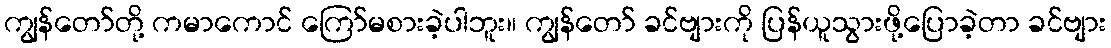
ကျွန်တော်တို့ ကမာကောင် ကြော်မစားခဲ့ပါဘူး။ ကျွန်တော် ခင်ဗျားကို ပြန်ယူသွားဖို့ပြောခဲ့တာ ခင်ဗျား